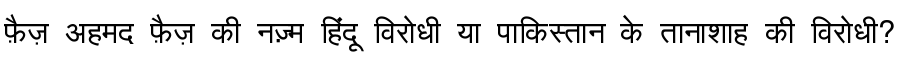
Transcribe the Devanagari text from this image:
फ़ैज़ अहमद फ़ैज़ की नज़्म हिंदू विरोधी या पाकिस्तान के तानाशाह की विरोधी?